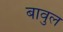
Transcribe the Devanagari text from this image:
बावुल